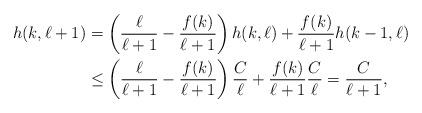
LaTeX: \begin{align*}h(k,\ell+1) &=\left(\frac{\ell}{\ell+1}-\frac{f(k)}{\ell+1}\right)h(k,\ell)+\frac{f(k)}{\ell+1}h(k-1,\ell)\\&\leq \left(\frac{\ell}{\ell+1}-\frac{f(k)}{\ell+1}\right)\frac{C}{\ell} +\frac{f(k)}{\ell+1}\frac{C}{\ell} =\frac{C}{\ell+1},\end{align*}